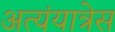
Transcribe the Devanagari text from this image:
अत्यंयात्रेस